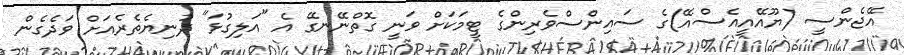
އޭޖެންސީ (ޔޫއޭއީއެސްއޭ)ގެ ސައިންސްވެރިންގެ ޓީމަކަށް ވަނީ ގޮތްނޭނގޭ އެ "އަލިގުޅަ" ދުނިޔެތެރެއަށް ވަދެގެން